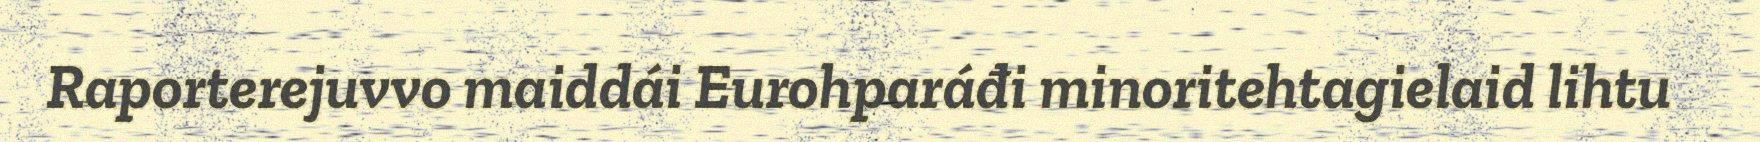
Raporterejuvvo maiddái Eurohparáđi minoritehtagielaid lihtu